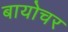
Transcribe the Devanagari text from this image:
बायोचर